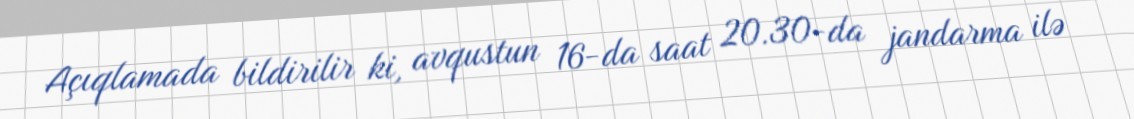
Açıqlamada bildirilir ki, avqustun 16-da saat 20.30-da jandarma ilə